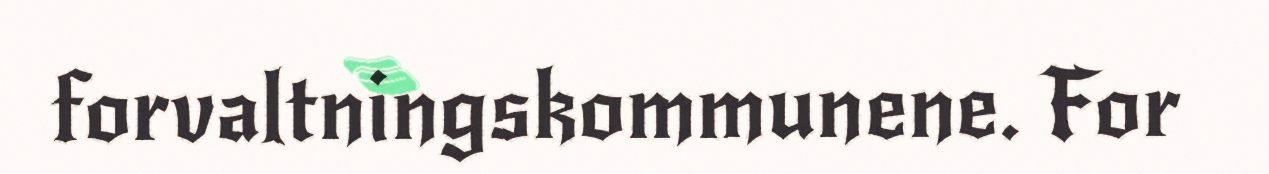
forvaltningskommunene. For